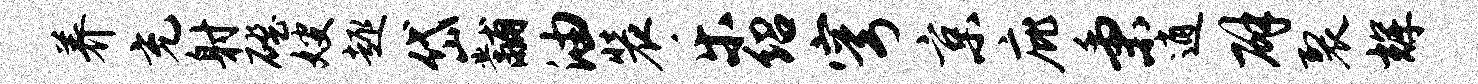
养充射磴嫂趣岱黼油装乐绍穹京庇秉逍辟裂辉